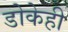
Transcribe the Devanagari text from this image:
डोकेही